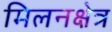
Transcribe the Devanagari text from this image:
मिलनक्षेत्र